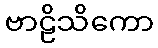
ဗာဠိသိကော